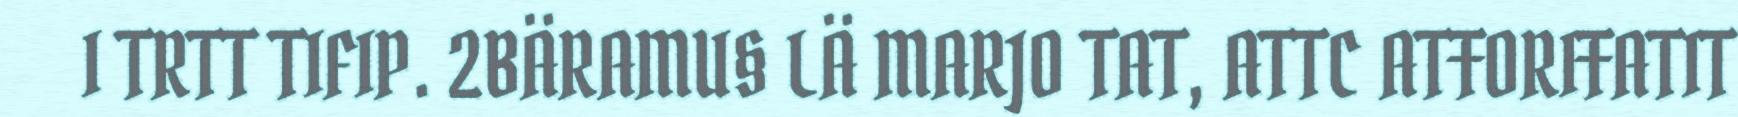
I TRTT TIFIP. 2BÄRAMU§ LÄ MARJO TAT, ATTC ATŦORIŦATIT